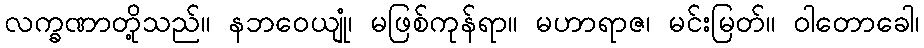
လက္ခဏာတို့သည်။ နဘဝေယျုံ၊ မဖြစ်ကုန်ရာ။ မဟာရာဇ၊ မင်းမြတ်။ ဝါတောခေါ၊